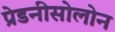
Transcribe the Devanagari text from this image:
प्रेडनीसोलोन